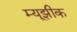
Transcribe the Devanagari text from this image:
म्यूझीक